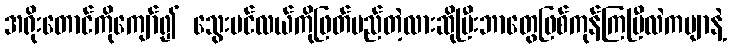
အရိုးတောင်ကိုကျော်၍ သွေးပင်လယ်ကိုဖြတ်မည်တဲ့လားဆိုပြီးဘာတွေဖြစ်ကုန်ကြပြီလဲကဗျာနဲ့